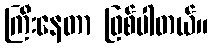
ကြီးနေတာ ဖြစ်ပါတယ်။